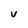
Character: V